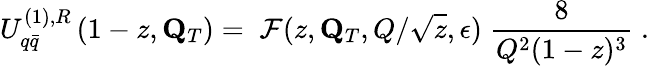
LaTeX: U_{q\bar{q}}^{(1),R}\left(1-z,{\mathbf Q}_{T}\right)=\; {\cal F}(z,{\mathbf Q}_{T},Q/\sqrt{z},\epsilon)\; {\frac{8}{Q^{2}(1-z)^{3}}}\; .